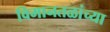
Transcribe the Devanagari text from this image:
विमानतळांच्या